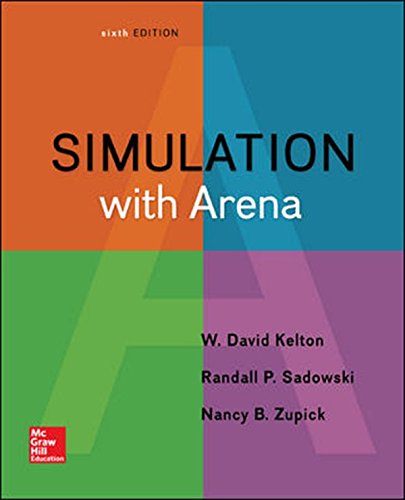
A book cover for Simulation with Arena; W. David Kelton; Computers & Technology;